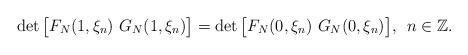
LaTeX: \begin{align*}\det \big[F_N(1,\xi_n)\,\,G_N(1,\xi_n)\big]=\det \big[F_N(0,\xi_n)\,\,G_N(0,\xi_n)\big],\,\,\,n\in\mathbb{Z}.\end{align*}